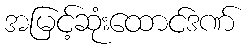
အမြင့်ဆုံးထောင်ဒဏ်